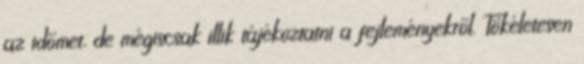
az időmet, de mégiscsak illik tájékoztatni a fejleményekről. Tökéletesen